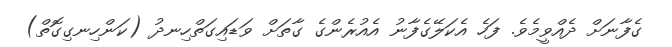
ގެފާނަށް ދެއްވީމެވެ. ފަހެ އެކަލޭގެފާނު އެއުރެންގެ ގާތަށް ވަޑައިގަތްހިނދު (ކަންހިނގިގޮތް)